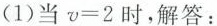
(1)当$$v=2$$时，解答：